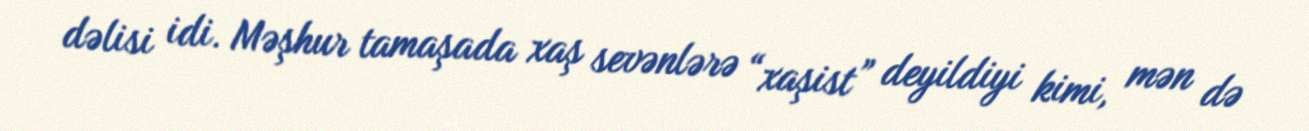
dəlisi idi. Məşhur tamaşada xaş sevənlərə “xaşist” deyildiyi kimi, mən də